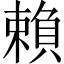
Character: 賴